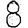
Digit: 8